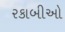
રકાબીઓ